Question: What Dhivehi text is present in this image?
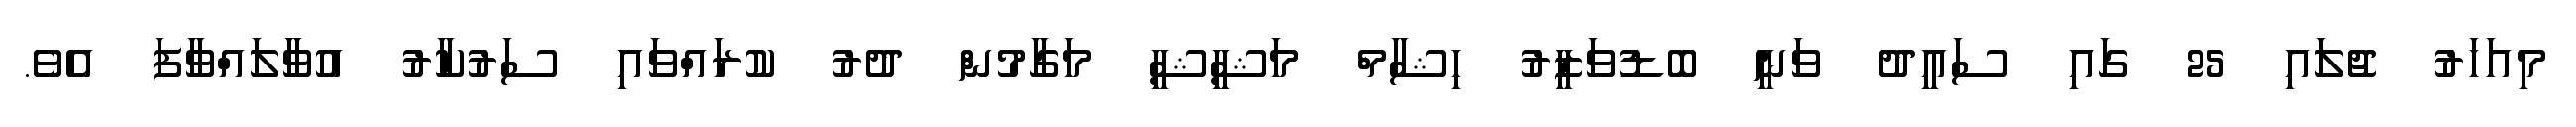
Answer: މިއަހަރު ޖުލައި 25 ގައި ސައީދު ވަނީ ބޮޑުވަޒީރު ހިޝާމް މަޝީޝީ މަގާމުން ދުރު ކުރައްވައި ސަރުކާރު އުވާލައްވާފަ އެވެ.